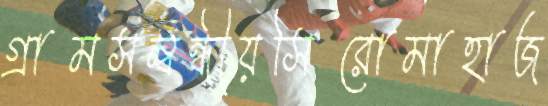
গ্রামসম্বন্ধীয়সিরোমাহাজ